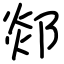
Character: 郯